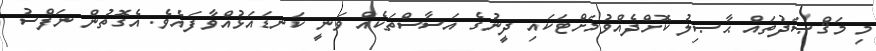
މި މަޤްޞަދުތައް ޙާޞިލު ކޮށްދެއްވުމަށްޓަކައި ދީނުގެ އަސާސްތަކެއް ވަނީ ކަނޑައަޅުއްވާފައެވެ. އެގޮތުން ނަފްސު